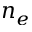
n _ { e }